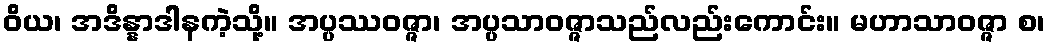
ဝိယ၊ အဒိန္နာဒါနကဲ့သို့။ အပ္ပဿဝဇ္ဇာ၊ အပ္ပသာဝဇ္ဇာသည်လည်းကောင်း။ မဟာသာဝဇ္ဇာ စ၊